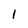
Character: 1